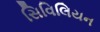
સિવિલિયન